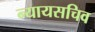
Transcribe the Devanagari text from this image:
न्यायसचिव